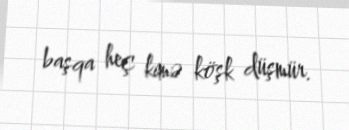
başqa heç kimə köşk düşmür.